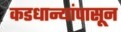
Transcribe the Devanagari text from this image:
कडधान्यांपासून